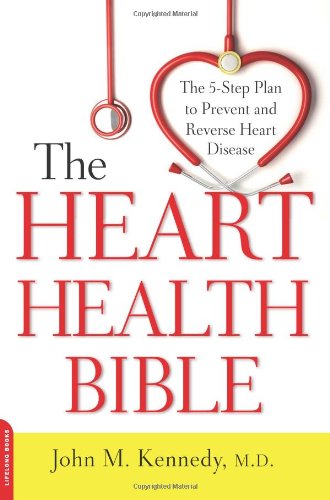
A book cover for The Heart Health Bible: The 5-Step Plan to Prevent and Reverse Heart Disease; John M. Kennedy MD; Health, Fitness & Dieting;